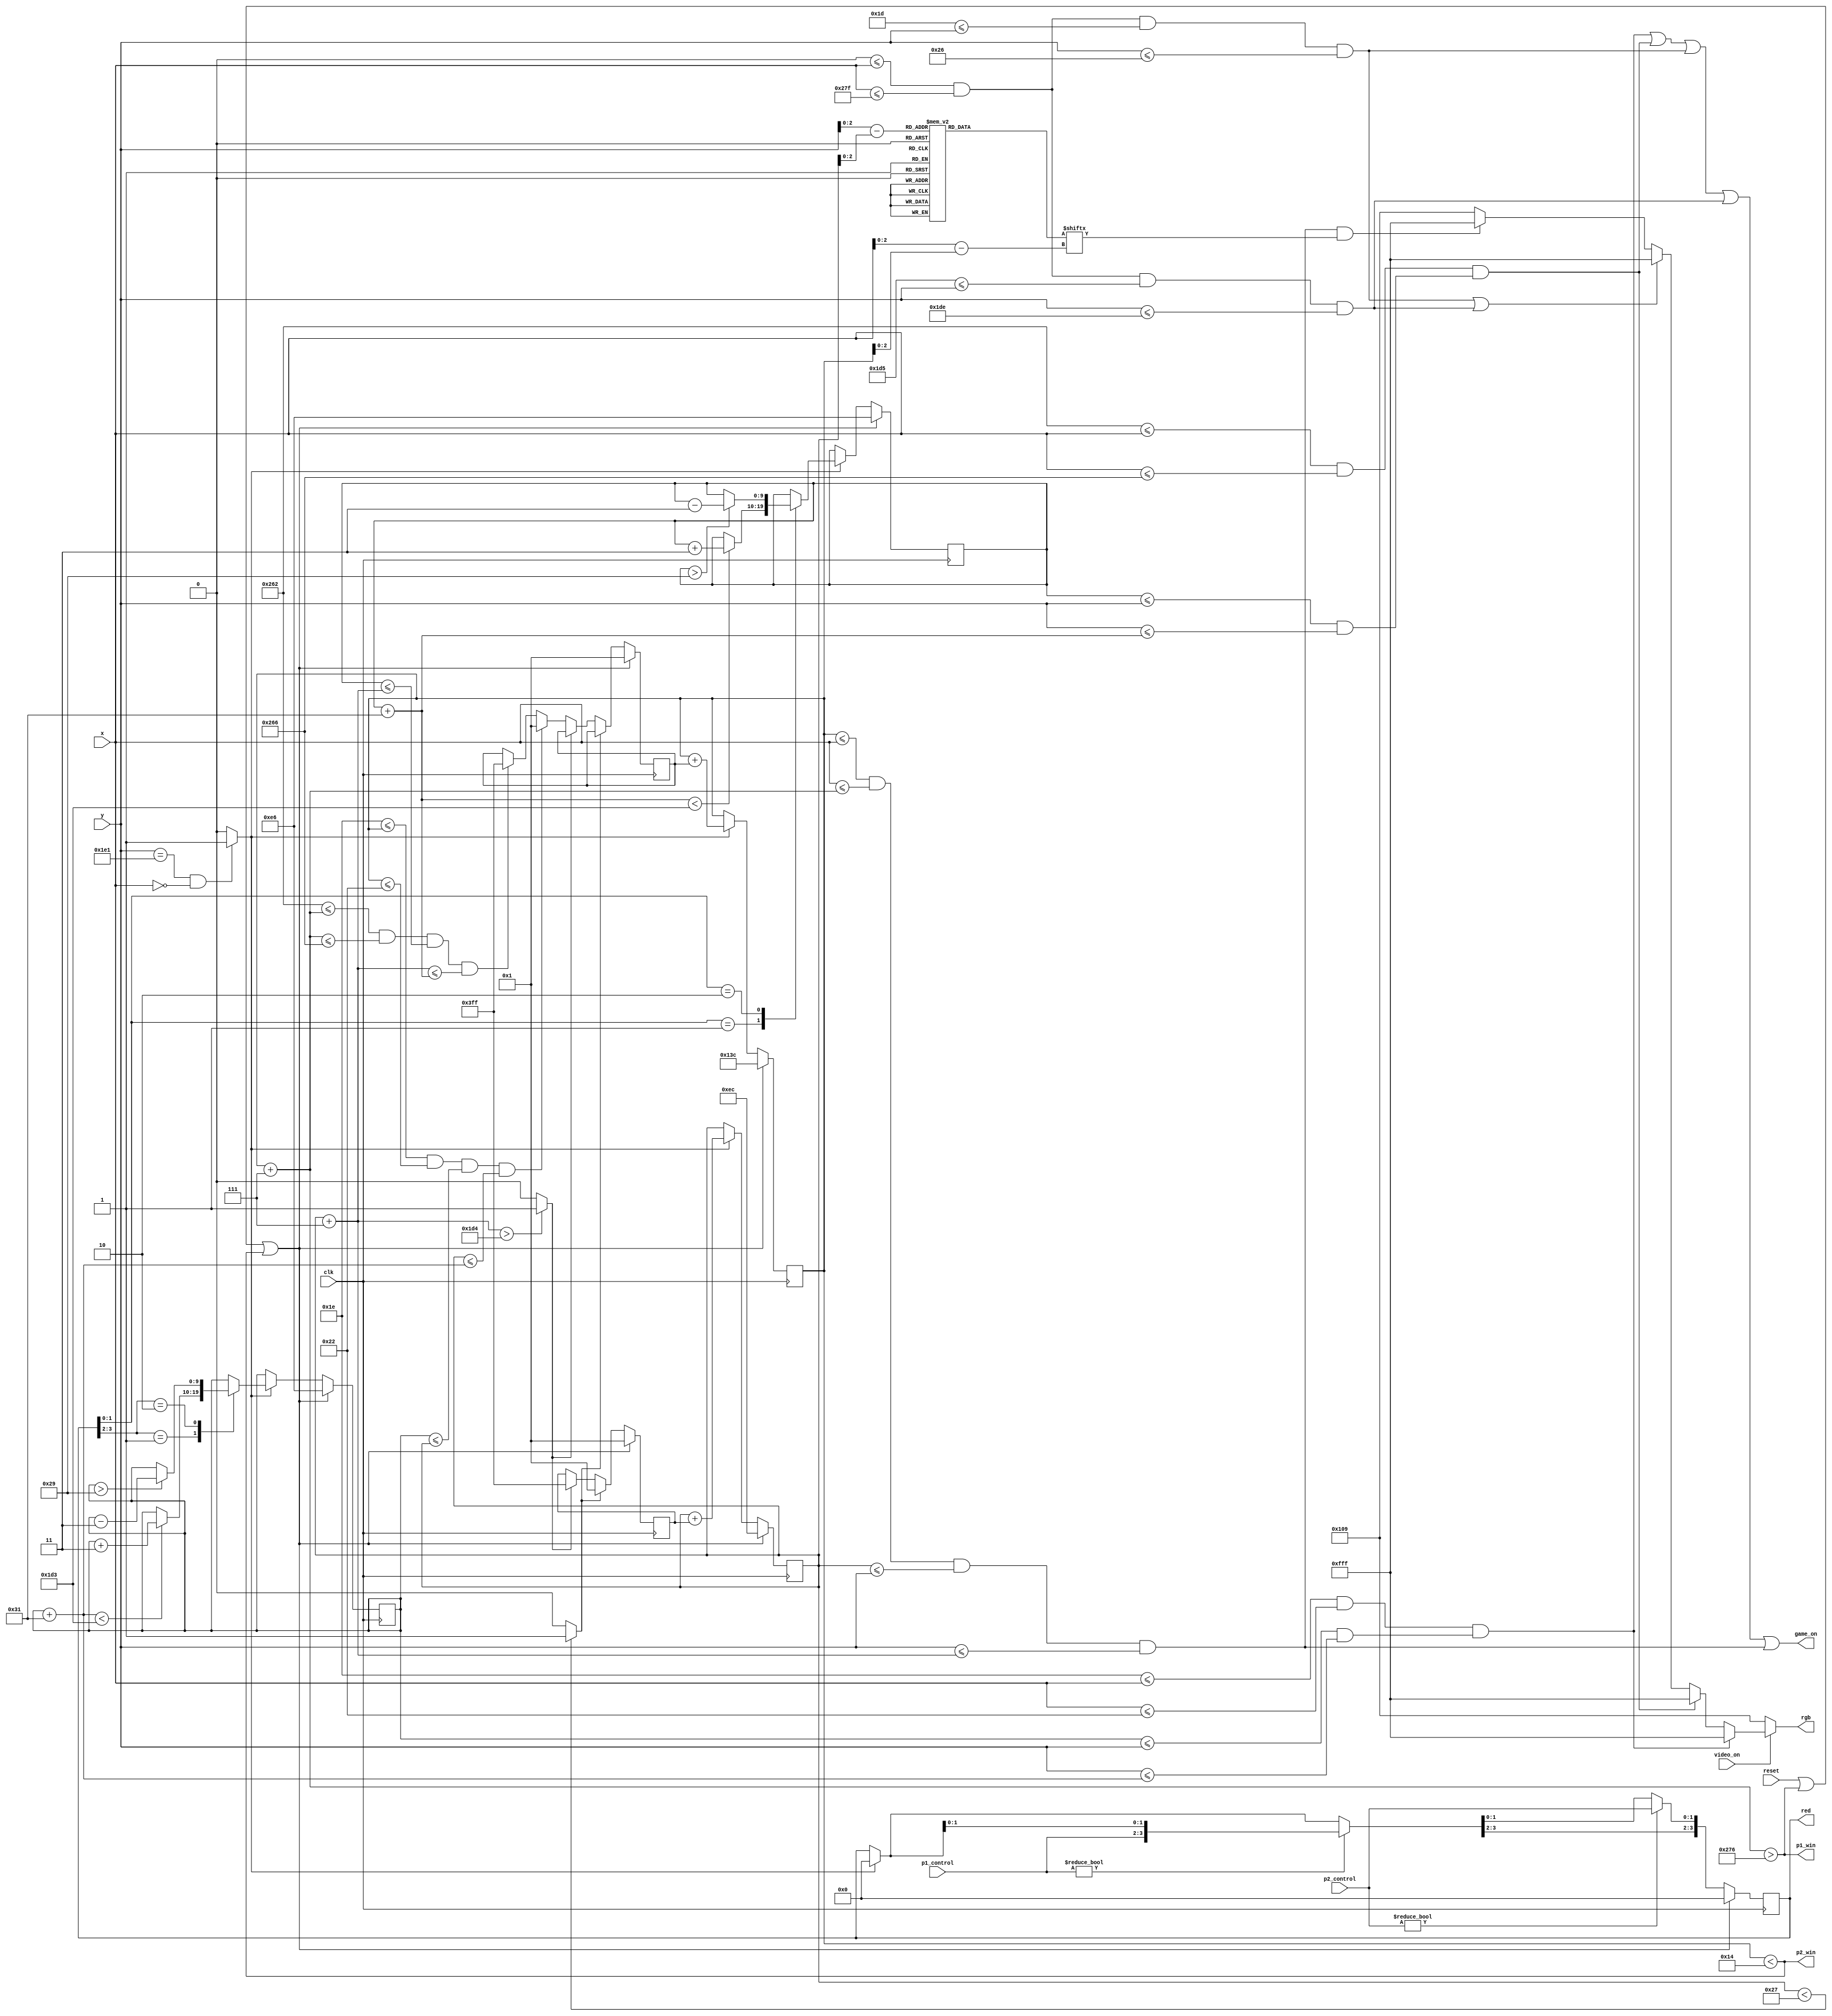
module game_logic(
        output reg [11:0] rgb,
        output wire [3:0] red,
        output wire game_on,
        output p1_win,
        output p2_win,
        input clk,
        input reset,
        input video_on,
        input wire [1:0] p1_control,
        input wire [1:0] p2_control,
        input [9:0] x,
        input [9:0] y
    );
    
    wire refresh_tick;
    reg [9:0] p1x, p1y, p2x, p2y;
    reg [9:0] p1y_next, p2y_next;
    reg [9:0] ballx, bally , ballx_dir_next, bally_dir_next, ballx_dir_reg, bally_dir_reg ;
    wire [9:0] ballx_next, bally_next;
    wire [9:0] p1_top, p1_left, p1_bottom, p1_right;
    wire [9:0] p2_top, p2_left, p2_bottom, p2_right;
    wire [9:0] b_top, b_bot;
    wire [9:0] ball_l,ball_t,ball_r,ball_b;
    
    localparam BALL_SIZE = 7;
    localparam BOARDER_WIDTH = 10-1;
    parameter POS_MOVE = 1;
    parameter NEG_MOVE = -1; 
    localparam HEIGHT = 480-1;
    localparam WIDTH = 640-1;
    localparam PADDLE_L = 50-1;
    localparam PADDLE_W = 5-1;
    localparam MOVEMENT_SPEED = 3;
    localparam B_TOP = 29;
    localparam B_BOT = 469;
    reg [3:0] buffer;
    wire [2:0] rom_addr, rom_col;   // 3-bit rom address and rom column
    reg [7:0] rom_data;

    
    assign red = buffer;
    assign refresh_tick = ((y == 481) && (x == 0)) ? 1 : 0;
    assign p1_top = p1y;
    assign p1_left = p1x;
    assign p1_bottom = p1y + PADDLE_L;
    assign p1_right = p1x + PADDLE_W;
    
    assign p2_top = p2y;
    assign p2_left = p2x;
    assign p2_bottom = p2y + PADDLE_L;
    assign p2_right = p2x + PADDLE_W;
    
    wire is_out_of_bound_p1,is_out_of_bound_p2;
    
    initial begin
       p1x = 30;
       p1y = 230;
       p2x = 610;
       p2y = 230;
       ballx = 316;
       bally = 236;
       
       ballx_dir_reg <= 10'h002;
       bally_dir_reg <= 10'h002;
    end
    
    // updater
    always@(posedge clk) begin
         if (reset || p1_win || p2_win )begin // 
            p1y = 230;
            p2y = 230;
            ballx = 316;
            bally = 236;
            bally_dir_reg = POS_MOVE;
            ballx_dir_reg = POS_MOVE;
            buffer = 4'b0000;
         end else begin
            p1y = p1y_next;
            p2y = p2y_next;
                        
            ballx_dir_reg = ballx_dir_next;
            bally_dir_reg = bally_dir_next;
            
            ballx = ballx_next;
            bally = bally_next; 
            if (refresh_tick)
                buffer = 4'b0000;
            if (p1_control != 2'b00)
                buffer = {p1_control, buffer[1:0]};
            if (p2_control != 2'b00)
                buffer = {buffer[3:2], p2_control};
         end
    
    
    end
    
    assign ball_l = ballx;
    assign ball_t = bally;
    assign ball_r = ball_l + BALL_SIZE;
    assign ball_b = ball_t + BALL_SIZE;
    
    wire collide_bot,collide_top,collide_p1,collide_p2;
    wire p1_win,p2_win;
    assign collide_p1 = (p1_left <= ball_l) && (ball_l <= p1_right) && (p1_top <= ball_t) && (ball_t <= p1_bottom);
    assign collide_p2 = (p2_left <= ball_r) && (ball_r <= p2_right) && (p2_top <= ball_b) && (ball_b <= p2_bottom);
    assign collide_bot = (ball_b > (B_BOT - POS_MOVE)) ? 1 : 0;
    assign collide_top = (ball_t < (B_TOP + BOARDER_WIDTH - NEG_MOVE)) ? 1: 0;
    assign p1_win = ball_r > 630;
    assign p2_win = ball_l < 20;
    // ball rom
    always @*
        case(rom_addr)
            3'b000 :    rom_data = 8'b00111100; //   ****  
            3'b001 :    rom_data = 8'b01111110; //  ******
            3'b010 :    rom_data = 8'b11111111; // ********
            3'b011 :    rom_data = 8'b11111111; // ********
            3'b100 :    rom_data = 8'b11111111; // ********
            3'b101 :    rom_data = 8'b11111111; // ********
            3'b110 :    rom_data = 8'b01111110; //  ******
            3'b111 :    rom_data = 8'b00111100; //   ****
        endcase
    
    // ball move
    
    assign ballx_next = (refresh_tick)? ballx + ballx_dir_reg : ballx;  
    assign bally_next = (refresh_tick)? bally + bally_dir_reg : bally;
    always @* begin
        ballx_dir_next = ballx_dir_reg;
        bally_dir_next = bally_dir_reg;
        
        // hit top
        if (collide_top) begin
            bally_dir_next = POS_MOVE;
        end
        else if (collide_bot) begin
            bally_dir_next = NEG_MOVE;
        end   
        else if (collide_p1) begin
            ballx_dir_next = POS_MOVE;
        end
        else if (collide_p2) begin
            ballx_dir_next = NEG_MOVE;
        end
    end 
    
    // paddle move
    always@* begin
      p1y_next = p1y;
      p2y_next = p2y;
      if (refresh_tick) begin
        case(buffer[3:2]) 
            2'b01: p1y_next = (p1_bottom < (HEIGHT - MOVEMENT_SPEED - BOARDER_WIDTH)) ? p1y + MOVEMENT_SPEED : p1y; 
            2'b10: p1y_next = (p1_top > (MOVEMENT_SPEED + B_TOP + BOARDER_WIDTH) ) ? p1y - MOVEMENT_SPEED : p1y; 
        endcase
        case(buffer[1:0]) 
            2'b01: p2y_next = (p2_bottom < (HEIGHT - MOVEMENT_SPEED - BOARDER_WIDTH)) ? p2y + MOVEMENT_SPEED : p2y; 
            2'b10: p2y_next = (p2_top >( MOVEMENT_SPEED + B_TOP + BOARDER_WIDTH)) ? p2y - MOVEMENT_SPEED : p2y; 
        endcase
      end
    end
    
    wire render_ball,render_p1, render_p2, render_b1, render_b2;
    
    assign rom_addr = y[2:0] - bally[2:0];   // 3-bit address
    assign rom_col = x[2:0] - ballx[2:0];    // 3-bit column index
    assign rom_bit = rom_data[rom_col];         // 1-bit signal rom data by column
    
    assign render_ball = (ball_l <= x) && (x <= ball_r) && (ball_t <= y) && (y <= ball_b);
    assign render_b1 = (0 <= x) && (x <= WIDTH) && (B_TOP <= y ) && (y <= (B_TOP + BOARDER_WIDTH));
    assign render_b2 = (0 <= x) && (x <= WIDTH) && (B_BOT <= y ) && (y <= (B_BOT + BOARDER_WIDTH));
    assign render_p1 = ((p1_left <= x) && (x <= p1_right)) && ((p1_top <= y) && (y <= p1_bottom));
    assign render_p2 = ((p2_left <= x) && (x <= p2_right)) && ((p2_top <= y) && (y <= p2_bottom));
    assign game_on = render_p1 || render_p2 || render_b1 || render_b2 || (render_ball);
    
    
    
    
    //render logic
    always@* begin
        if (video_on) begin
            if (render_p1) 
                rgb <= 12'hFFF;
            else if(render_p2)
                rgb <= 12'hFFF;
            else if (render_b1 || render_b2)
                rgb <= 12'hFFF;
            else if (render_ball && rom_bit)
                rgb <= 12'hFFF;
            
            else 
                rgb <= 12'h109;
         
        
        end else begin
            rgb <= 12'h109;
        end
    end
    
    
    
    
    
    
    
    
    
    
endmodule